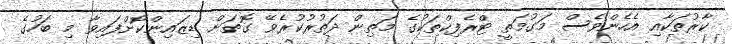
ކާރުތަކާއި އެހެންވެސް މަގުމަތީ ޓްރެފިކްތަކުގެ މަތިން ދަތުރުކުރެވޭ ގޮތަށް ޑިޒައިންކޮށްފައިވާ މި ބަހުގެ